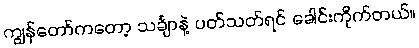
ကျွန်တော်ကတော့ သင်္ချာနဲ့ ပတ်သတ်ရင် ခေါင်းကိုက်တယ်။